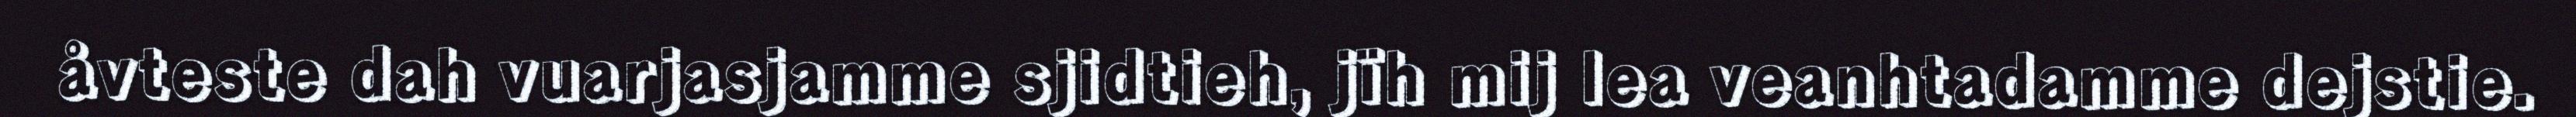
åvteste dah vuarjasjamme sjidtieh, jïh mij lea veanhtadamme dejstie.